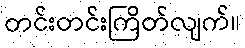
တင်းတင်းကြိတ်လျက်။